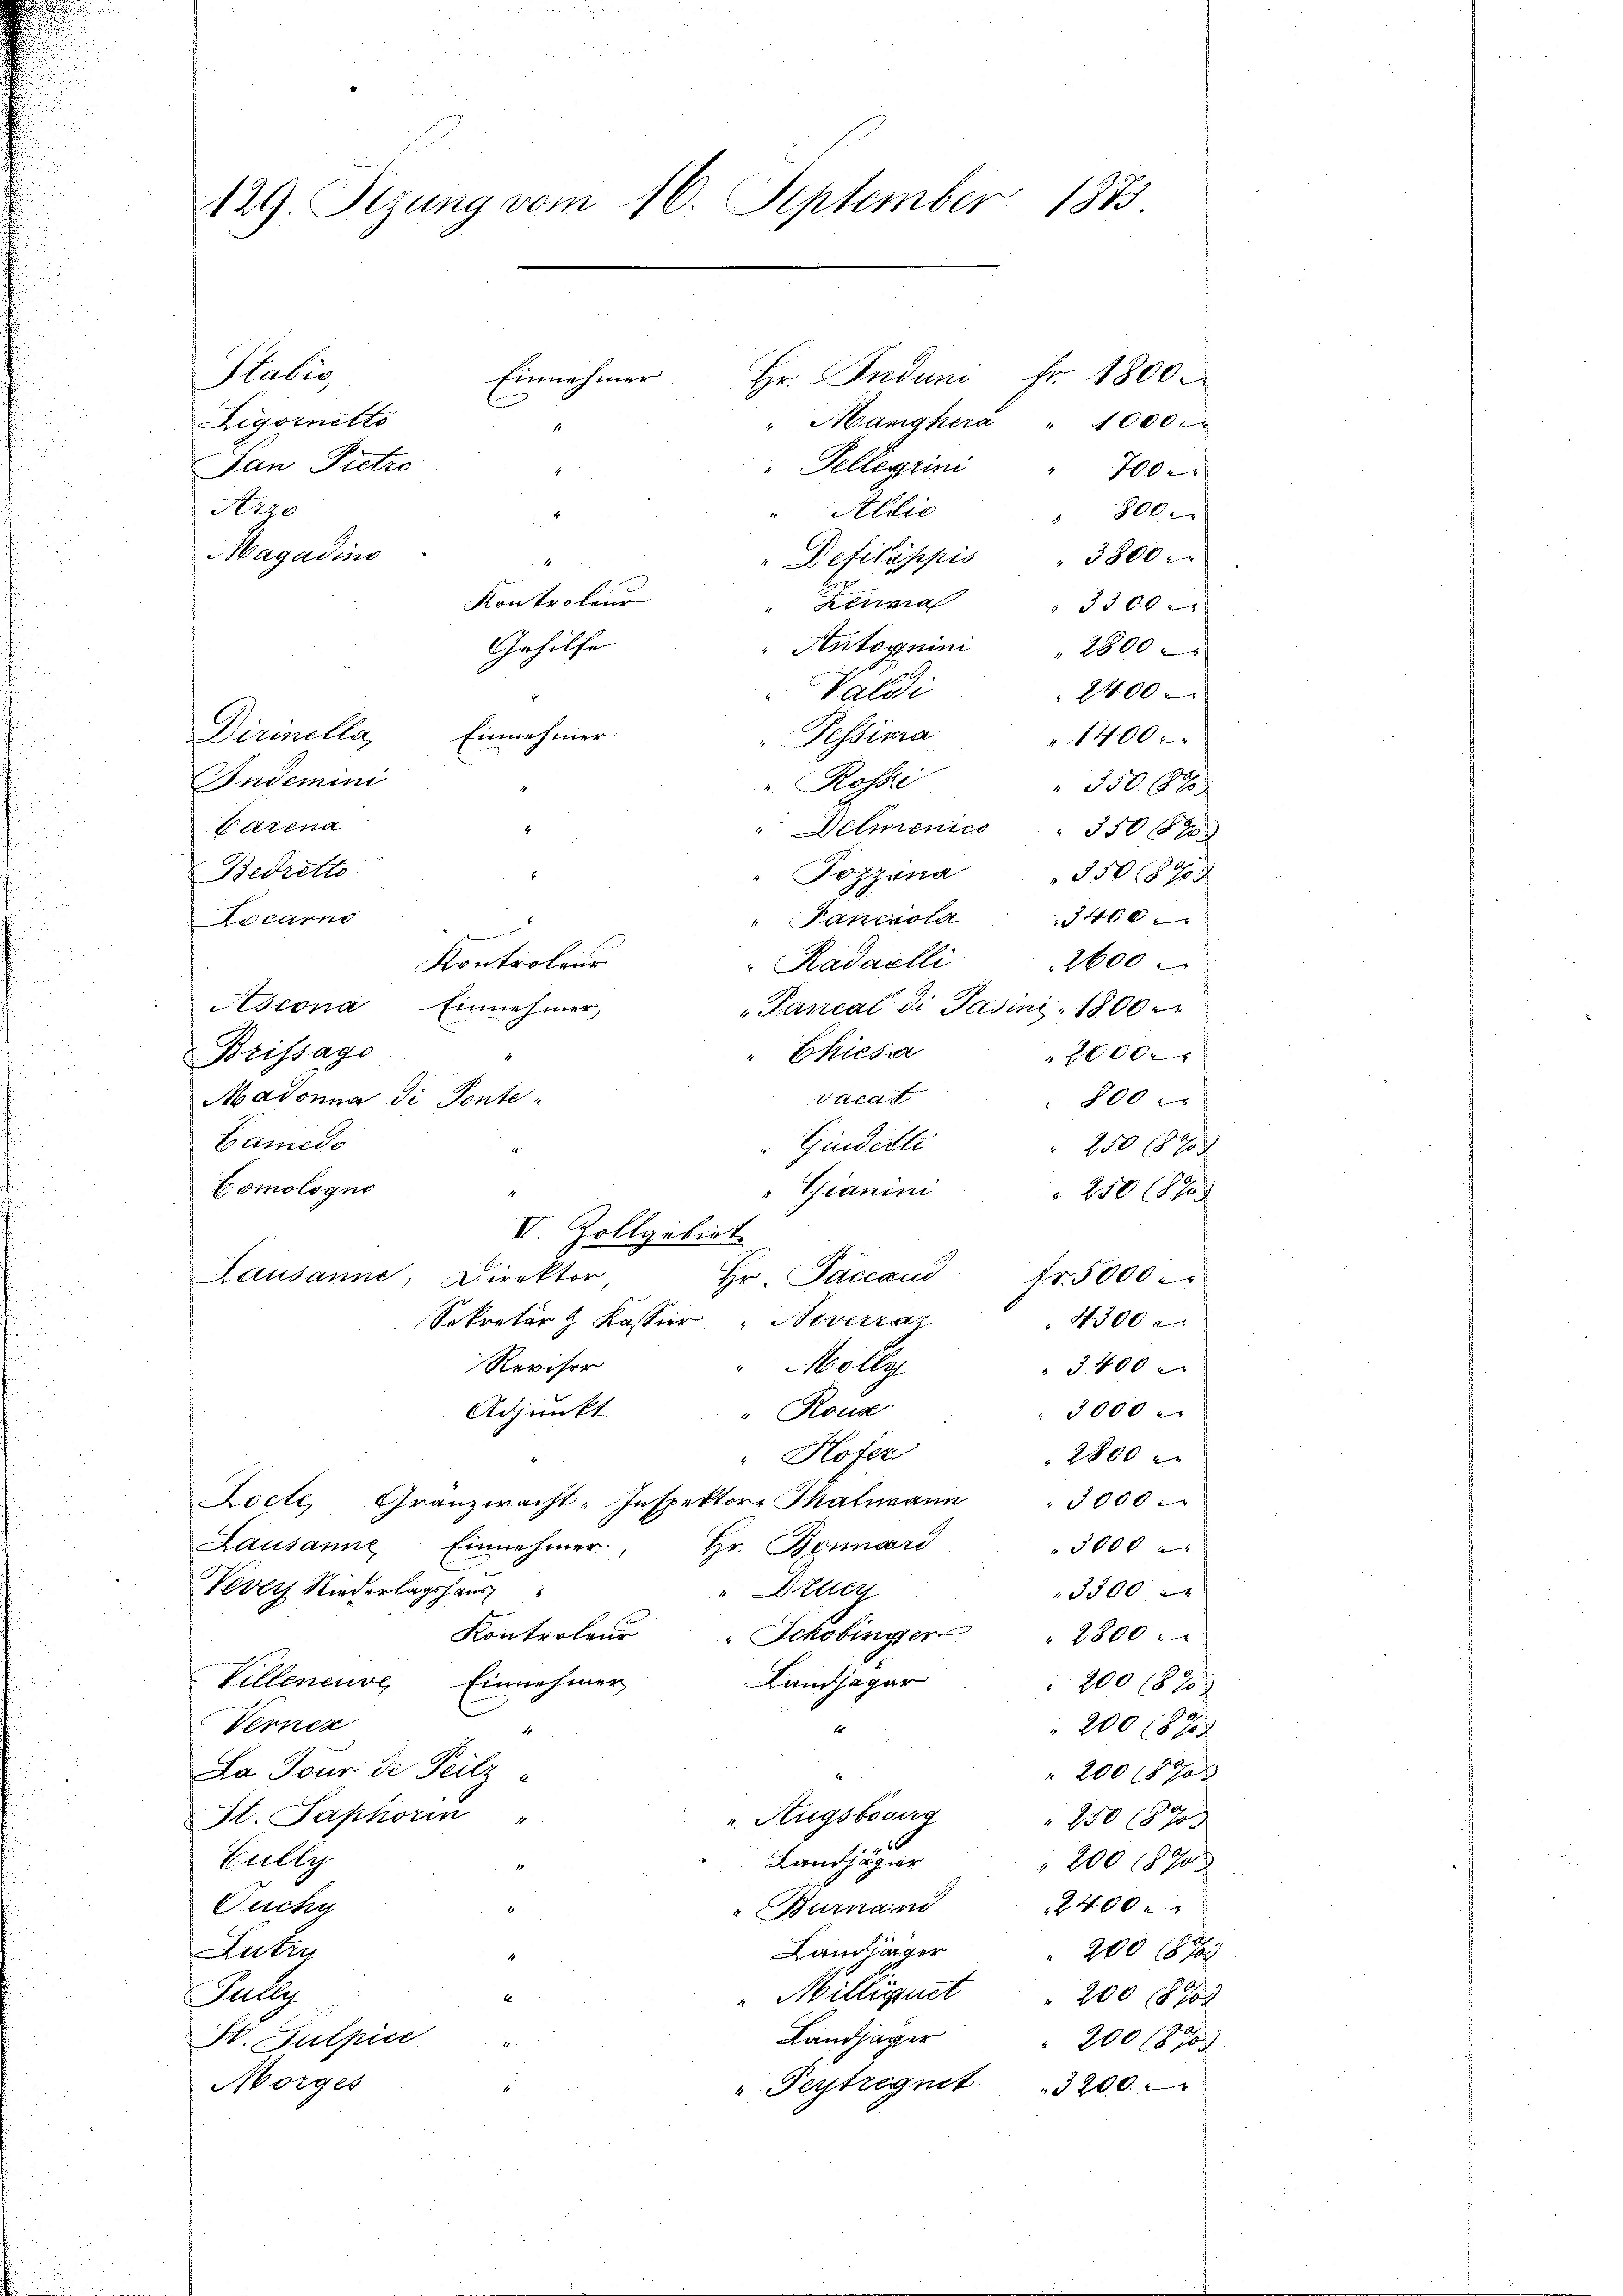
129. Sizung vom 16. September 1883.
Stabi
Hr. Jndum Fr. 1800.
Einnahmer
Zigarnitts
" Mangkera " 1000
"Pelligrini
Pan Pietro
700
Szzo
u. Allio
 800.
3800.

Magadins
Defilippis
Linea
 3500 x
Antoynini " 2800
Valdi
Pessinia
Indemini
" Rossi
Parena
Detmenice " 350 1890
Bedretto
" Pozzona
x
" Pancola 400
Locarno

Kontrolens
Kadaelli 2600
Ascona. Einnehmer,
Pancal di Pasini 1800 er
Chieser
Brissage
trat
Madonna di Ponte-
Gamedo
Gindesti
250 15 x
Comologno
"Gianini
 250 (870
VI. Zollgebiet
Lausanne, Direktor
Hr. Paccan fr. 5000
Sekretär z Kasser Noverra
4300
Melly
Revisor
3400
" Rous
3000
Adjunkt
" Hofer
2800
Locte, Granzwacht-Inspektore Thalmann " 3000
Lausanne Einnehmer, Hr. Bennárd
3000
" Elter
Vevey Niederlagshaus
3300
Kontroler Schobinger " 2800.
Landjäger
Villeneuve Einnehmer
2008 xx
Verner
E
2008 x
4
Da Tour de Teilz
2001870 x
u. Augsbourg
St. Saphorin
850 1670
Gully
Landjäger
200 1890
2400
Ouchy
Burnaid
Lain läger
Lutry
20018 x
Milliget
J. Kelle
200 (870
Landjäger
H. Sulpice
200187
Morges
"Feytregnet. 3200

Dirinella

Kontroleur
Gehilfe
Einnehmer

2400
 1400 x
 350. 688
35087
20000
800 x